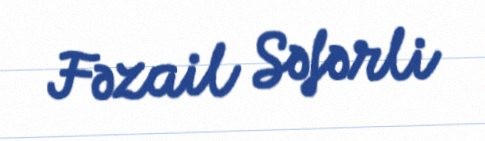
Fəzail Səfərli